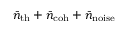
\bar { n } _ { \mathrm { t h } } + \bar { n } _ { \mathrm { c o h } } + \bar { n } _ { \mathrm { n o i s e } }